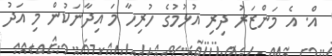
އް. އެ މަންޒަރު ދިރި އުޅުމުގެ ހުރިހާ މަ އިދާނަކުން މި އަދު